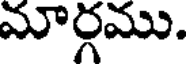
మార్గము.